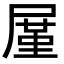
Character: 𪨒